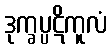
ဒုက္ခပ္ပဋိကူလံ